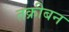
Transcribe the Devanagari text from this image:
तक्रीबन